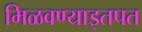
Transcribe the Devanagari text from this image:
मिळवण्याइतपत